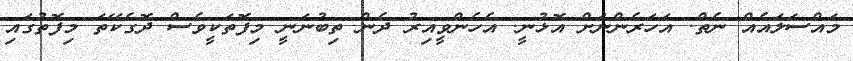
މައްސަލައެއް ނެތް. އަހަރެންނަށް އޮޅުނީ. އެހެންވީއިރު ދެން ތިބުނަނީ މިފޮތަކީވެސް ދޮގެކޭތަ މިފޮތުގައި